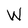
Character: W